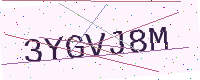
Text: 3YGVJ8M